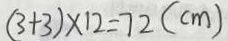
( 3 + 3 ) \times 1 2 = 7 2 ( c m )